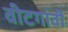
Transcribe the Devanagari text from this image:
वीटगांवीं